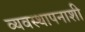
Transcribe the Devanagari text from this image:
व्यवस्थापनाशी